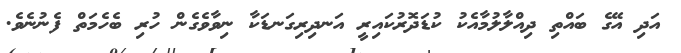
އަދި އޭގެ ބައްތި ދިއްލާލުމާއެކު ކުޑަދޮރުކައިރީ އަނދިރިގަނޑަކާ ނިވާވެގެން ހުރި ބެހެމަތް ފެނުނެވެ.